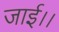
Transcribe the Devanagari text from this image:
जाई।।